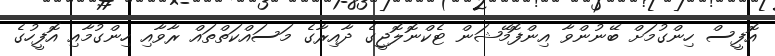
އޮފީސް ހިންގުމަށް ބޭނުންވާ އިންފޮމޭޝަން ޓެކްނޮލޮޖީގެ ދާއިރާގެ މަސައްކަތްތައް ރާވާއި ހިންގުމާއި އޮފީހުގެ